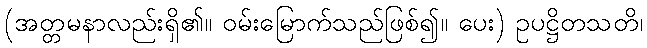
(အတ္တမနာလည်းရှိ၏။ ဝမ်းမြောက်သည်ဖြစ်၍။ ပေး) ဥပဋ္ဌိတသတိ၊